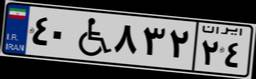
۴۰W۸۳۲۲۴